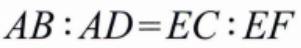
\(AB:AD = EC:EF\)